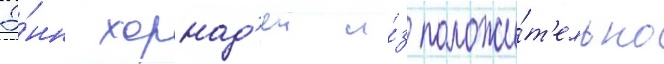
Э́нн хорнад'еи и́з положи́т'ельно